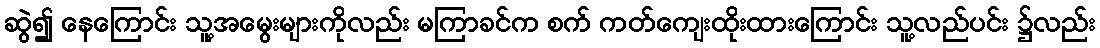
ဆွဲ၍ နေကြောင်း သူ့အမွေးများကိုလည်း မကြာခင်က စက် ကတ်ကျေးထိုးထားကြောင်း သူ့လည်ပင်း ၌လည်း